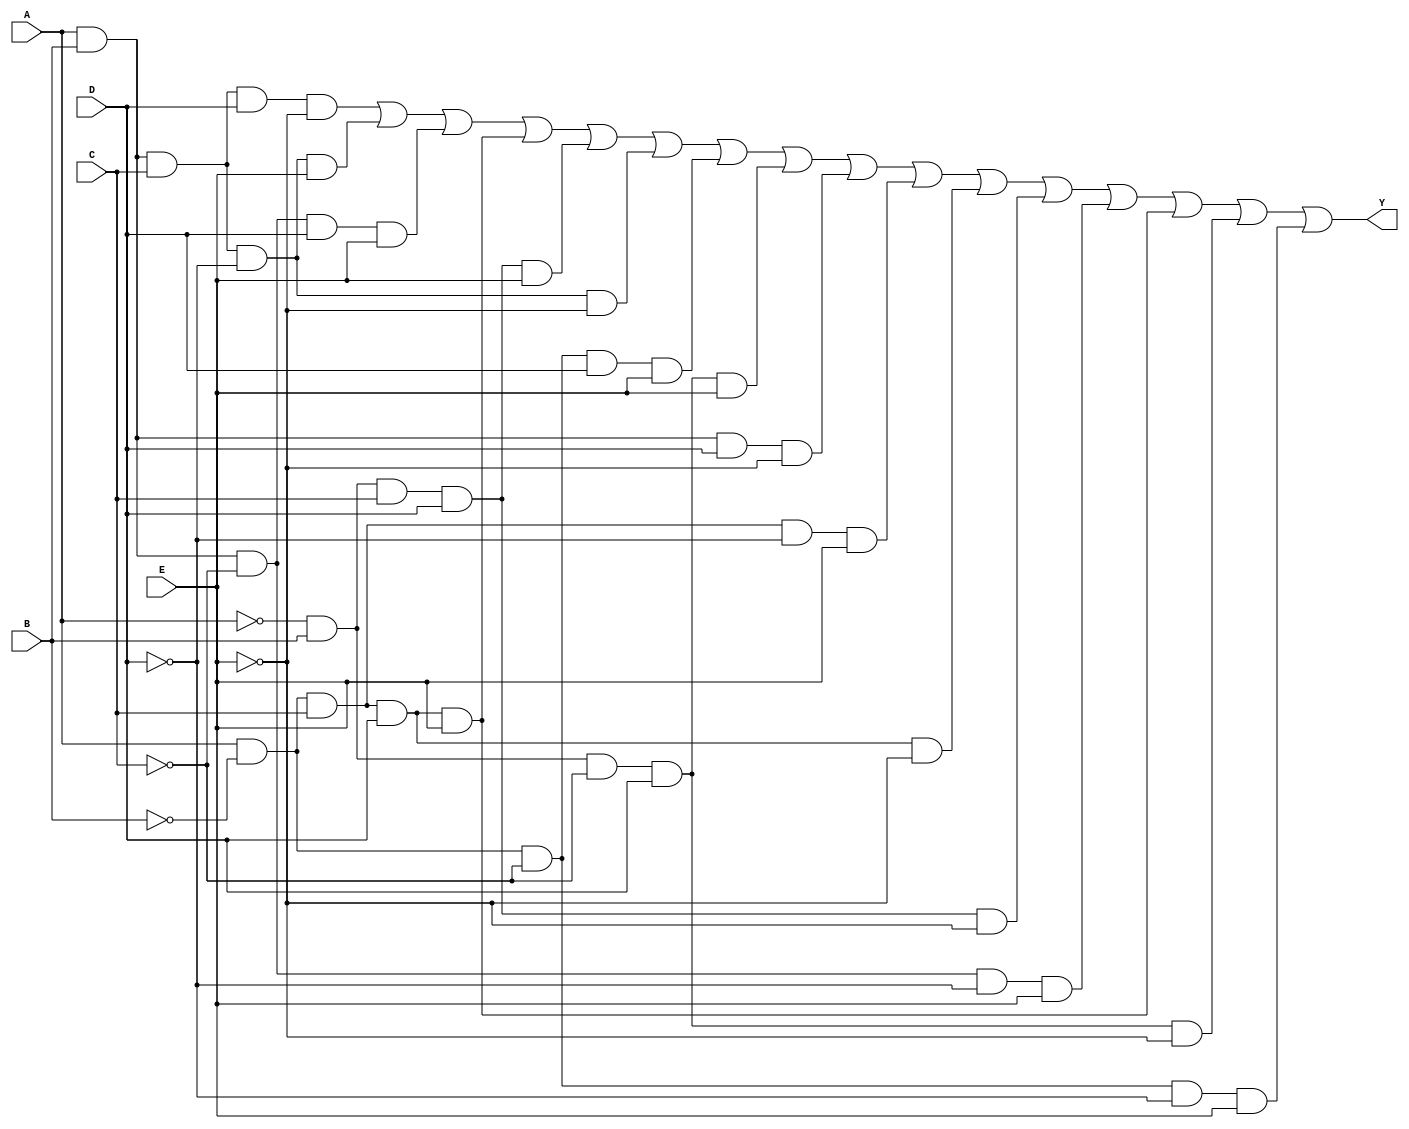
module five_variable_kmap (
    input wire A,  // Input variable A
    input wire B,  // Input variable B
    input wire C,  // Input variable C
    input wire D,  // Input variable D
    input wire E,  // Input variable E
    output wire Y  // Output variable Y
);

// Define the output Y based on the K-map simplification
// Replace the terms below with your specific minterms
assign Y = 
    (A & B & C & D & ~E) | // Minterm 0
    (A & B & C & ~D & E) | // Minterm 1
    (A & B & ~C & D & E) | // Minterm 2
    (A & ~B & C & D & E) | // Minterm 3
    (~A & B & C & D & E) | // Minterm 4
    (A & B & C & ~D & ~E) | // Minterm 5
    (A & ~B & ~C & D & E) | // Minterm 6
    (~A & B & ~C & D & E) | // Minterm 7
    (A & B & D & ~E) | // Minterm 8
    (A & ~B & C & ~D & E) | // Minterm 9
    (A & ~B & C & D & ~E) | // Minterm 10
    (~A & B & C & D & ~E) | // Minterm 11
    (A & B & ~C & ~D & E) | // Minterm 12
    (A & ~B & C & D & E) | // Minterm 13
    (~A & B & ~C & D & ~E) | // Minterm 14
    (A & ~B & ~C & ~D & E); // Minterm 15
// Add more minterms based on your specific truth table

endmodule